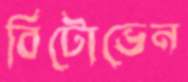
বিটোভেন